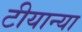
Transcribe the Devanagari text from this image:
टीयान्या